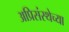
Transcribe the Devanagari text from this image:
अप्रिसंस्थेच्या